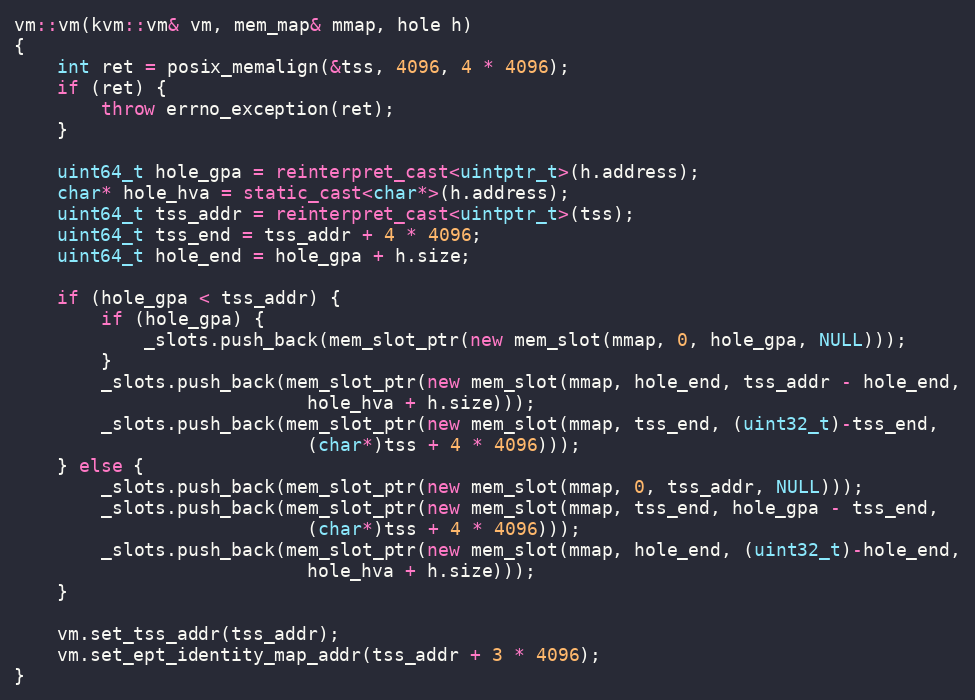
Language: C++
vm::vm(kvm::vm& vm, mem_map& mmap, hole h)
{
    int ret = posix_memalign(&tss, 4096, 4 * 4096);
    if (ret) {
        throw errno_exception(ret);
    }

    uint64_t hole_gpa = reinterpret_cast<uintptr_t>(h.address);
    char* hole_hva = static_cast<char*>(h.address);
    uint64_t tss_addr = reinterpret_cast<uintptr_t>(tss);
    uint64_t tss_end = tss_addr + 4 * 4096;
    uint64_t hole_end = hole_gpa + h.size;

    if (hole_gpa < tss_addr) {
        if (hole_gpa) {
            _slots.push_back(mem_slot_ptr(new mem_slot(mmap, 0, hole_gpa, NULL)));
        }
        _slots.push_back(mem_slot_ptr(new mem_slot(mmap, hole_end, tss_addr - hole_end,
						   hole_hva + h.size)));
        _slots.push_back(mem_slot_ptr(new mem_slot(mmap, tss_end, (uint32_t)-tss_end,
						   (char*)tss + 4 * 4096)));
    } else {
        _slots.push_back(mem_slot_ptr(new mem_slot(mmap, 0, tss_addr, NULL)));
        _slots.push_back(mem_slot_ptr(new mem_slot(mmap, tss_end, hole_gpa - tss_end,
						   (char*)tss + 4 * 4096)));
        _slots.push_back(mem_slot_ptr(new mem_slot(mmap, hole_end, (uint32_t)-hole_end,
						   hole_hva + h.size)));
    }

    vm.set_tss_addr(tss_addr);
    vm.set_ept_identity_map_addr(tss_addr + 3 * 4096);
}